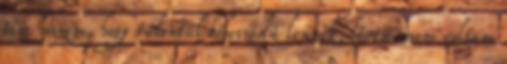
sem hiszem, hogy túlontúl bőbeszédű lennék, lévén sosem voltam